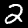
Label: 2